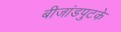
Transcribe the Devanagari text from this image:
बीजांडपुटके